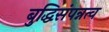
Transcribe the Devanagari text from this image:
बुद्धिसंपन्नत्व